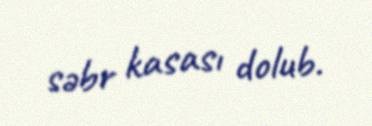
səbr kasası dolub.